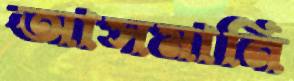
আসমানি